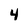
Character: 4